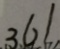
3 6 1